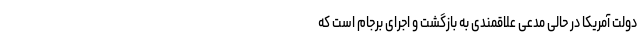
دولت آمریکا در حالی مدعی علاقمندی به بازگشت و اجرای برجام است که